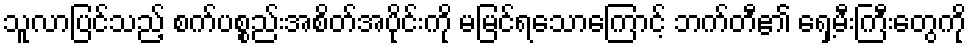
သူလာပြင်သည့် စက်ပစ္စည်းအစိတ်အပိုင်းကို မမြင်ရသောကြောင့် ဘက်တီ၏ ရှေ့မီးကြီးတွေကို